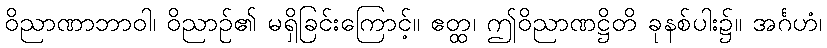
ဝိညာဏာဘာဝါ၊ ဝိညာဉ်၏ မရှိခြင်းကြောင့်။ ဧတ္ထ၊ ဤဝိညာဏဋ္ဌိတိ ခုနစ်ပါး၌။ အင်္ဂဟံ၊